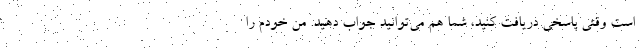
است وقتی پاسخی دریافت کنید، شما هم می‌توانید جواب دهید. من خودم را